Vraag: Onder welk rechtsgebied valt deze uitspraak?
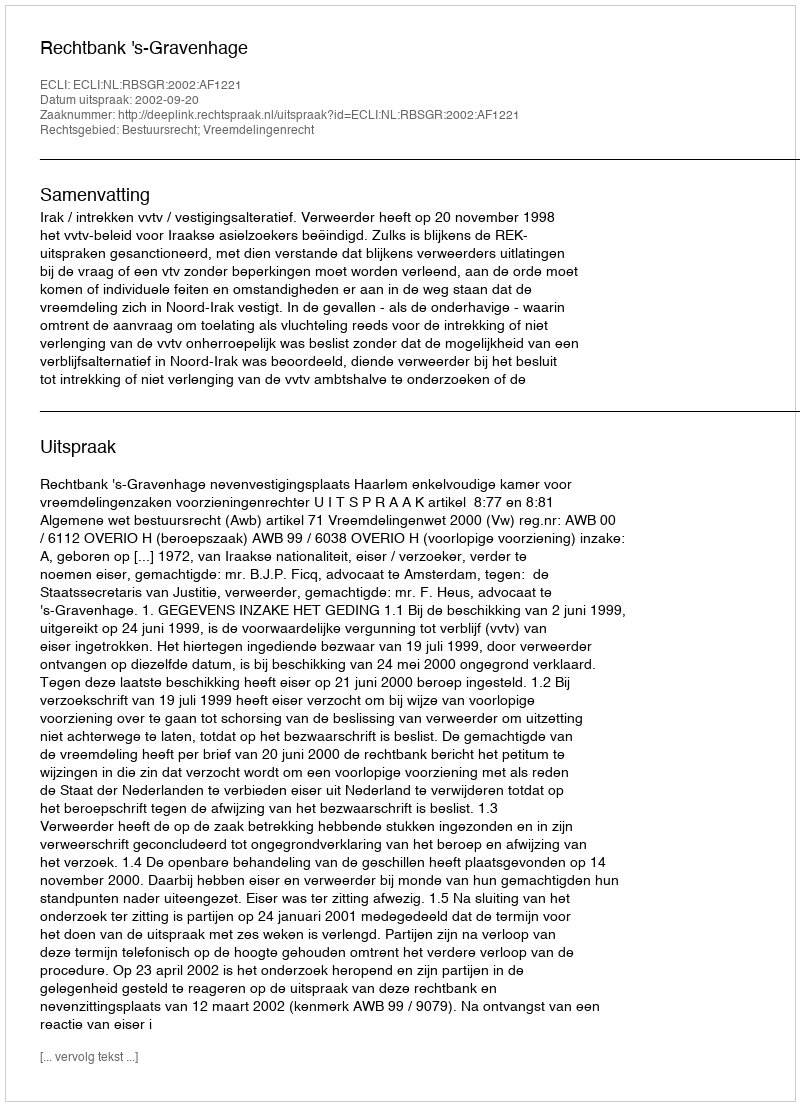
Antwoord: Bestuursrecht; Vreemdelingenrecht